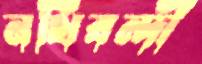
নথিবন্দী